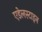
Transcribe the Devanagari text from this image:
एडेलस्टाइन